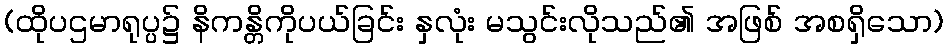
(ထိုပဌမာရုပ္ပ၌ နိကန္တိကိုပယ်ခြင်း နှလုံး မသွင်းလိုသည်၏ အဖြစ် အစရှိသော)